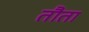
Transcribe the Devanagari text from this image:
तौता